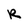
Character: R